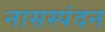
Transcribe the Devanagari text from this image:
नासस्पंदन